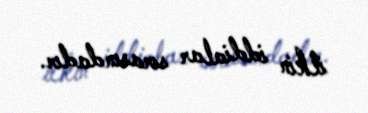
ilkin iddialar sırasındadır.